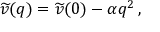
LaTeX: \widetilde { v } ( q ) = \widetilde { v } ( 0 ) - \alpha q ^ { 2 } \, ,